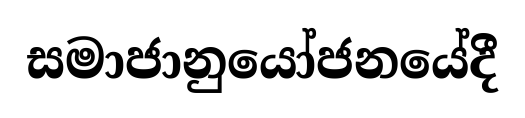
සමාජානුයෝජනයේදී